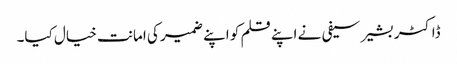
ڈاکٹر بشیر سیفی نے اپنے قلم کو اپنے ضمیر کی امانت خیال کیا۔